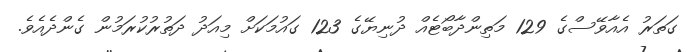
ގަތަރު އެއާވޭސްގެ 129 މަތިންދާބޯޓެއް ދުނިޔޭގެ 123 ގައުމަކަށް މިއަދު ދަތުރުކުރަމުން ގެންދެއެވެ.